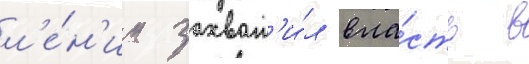
л'е́н'ин захват'и́л вла́сть в